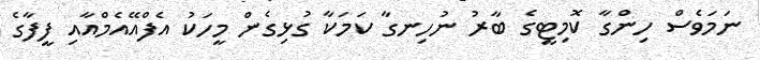
ނަމަވެސް ހިންގާ ކޮމިޓީގެ ބާރު ނުހިނގާ ކަމަކާ ގުޅިގެން މީހަކު އެފްއޭއެމްއާއި ފީފާގެ